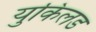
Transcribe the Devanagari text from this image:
युकिलड